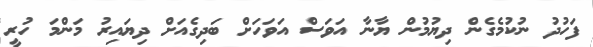
ފަހުދު ނުކުމެގެން ދިޔުމުން ޔާނާ އަވަސް އަވަހަށް ބަދިގެއަށް ދިޔައިރު މަންމަ ހުރީ